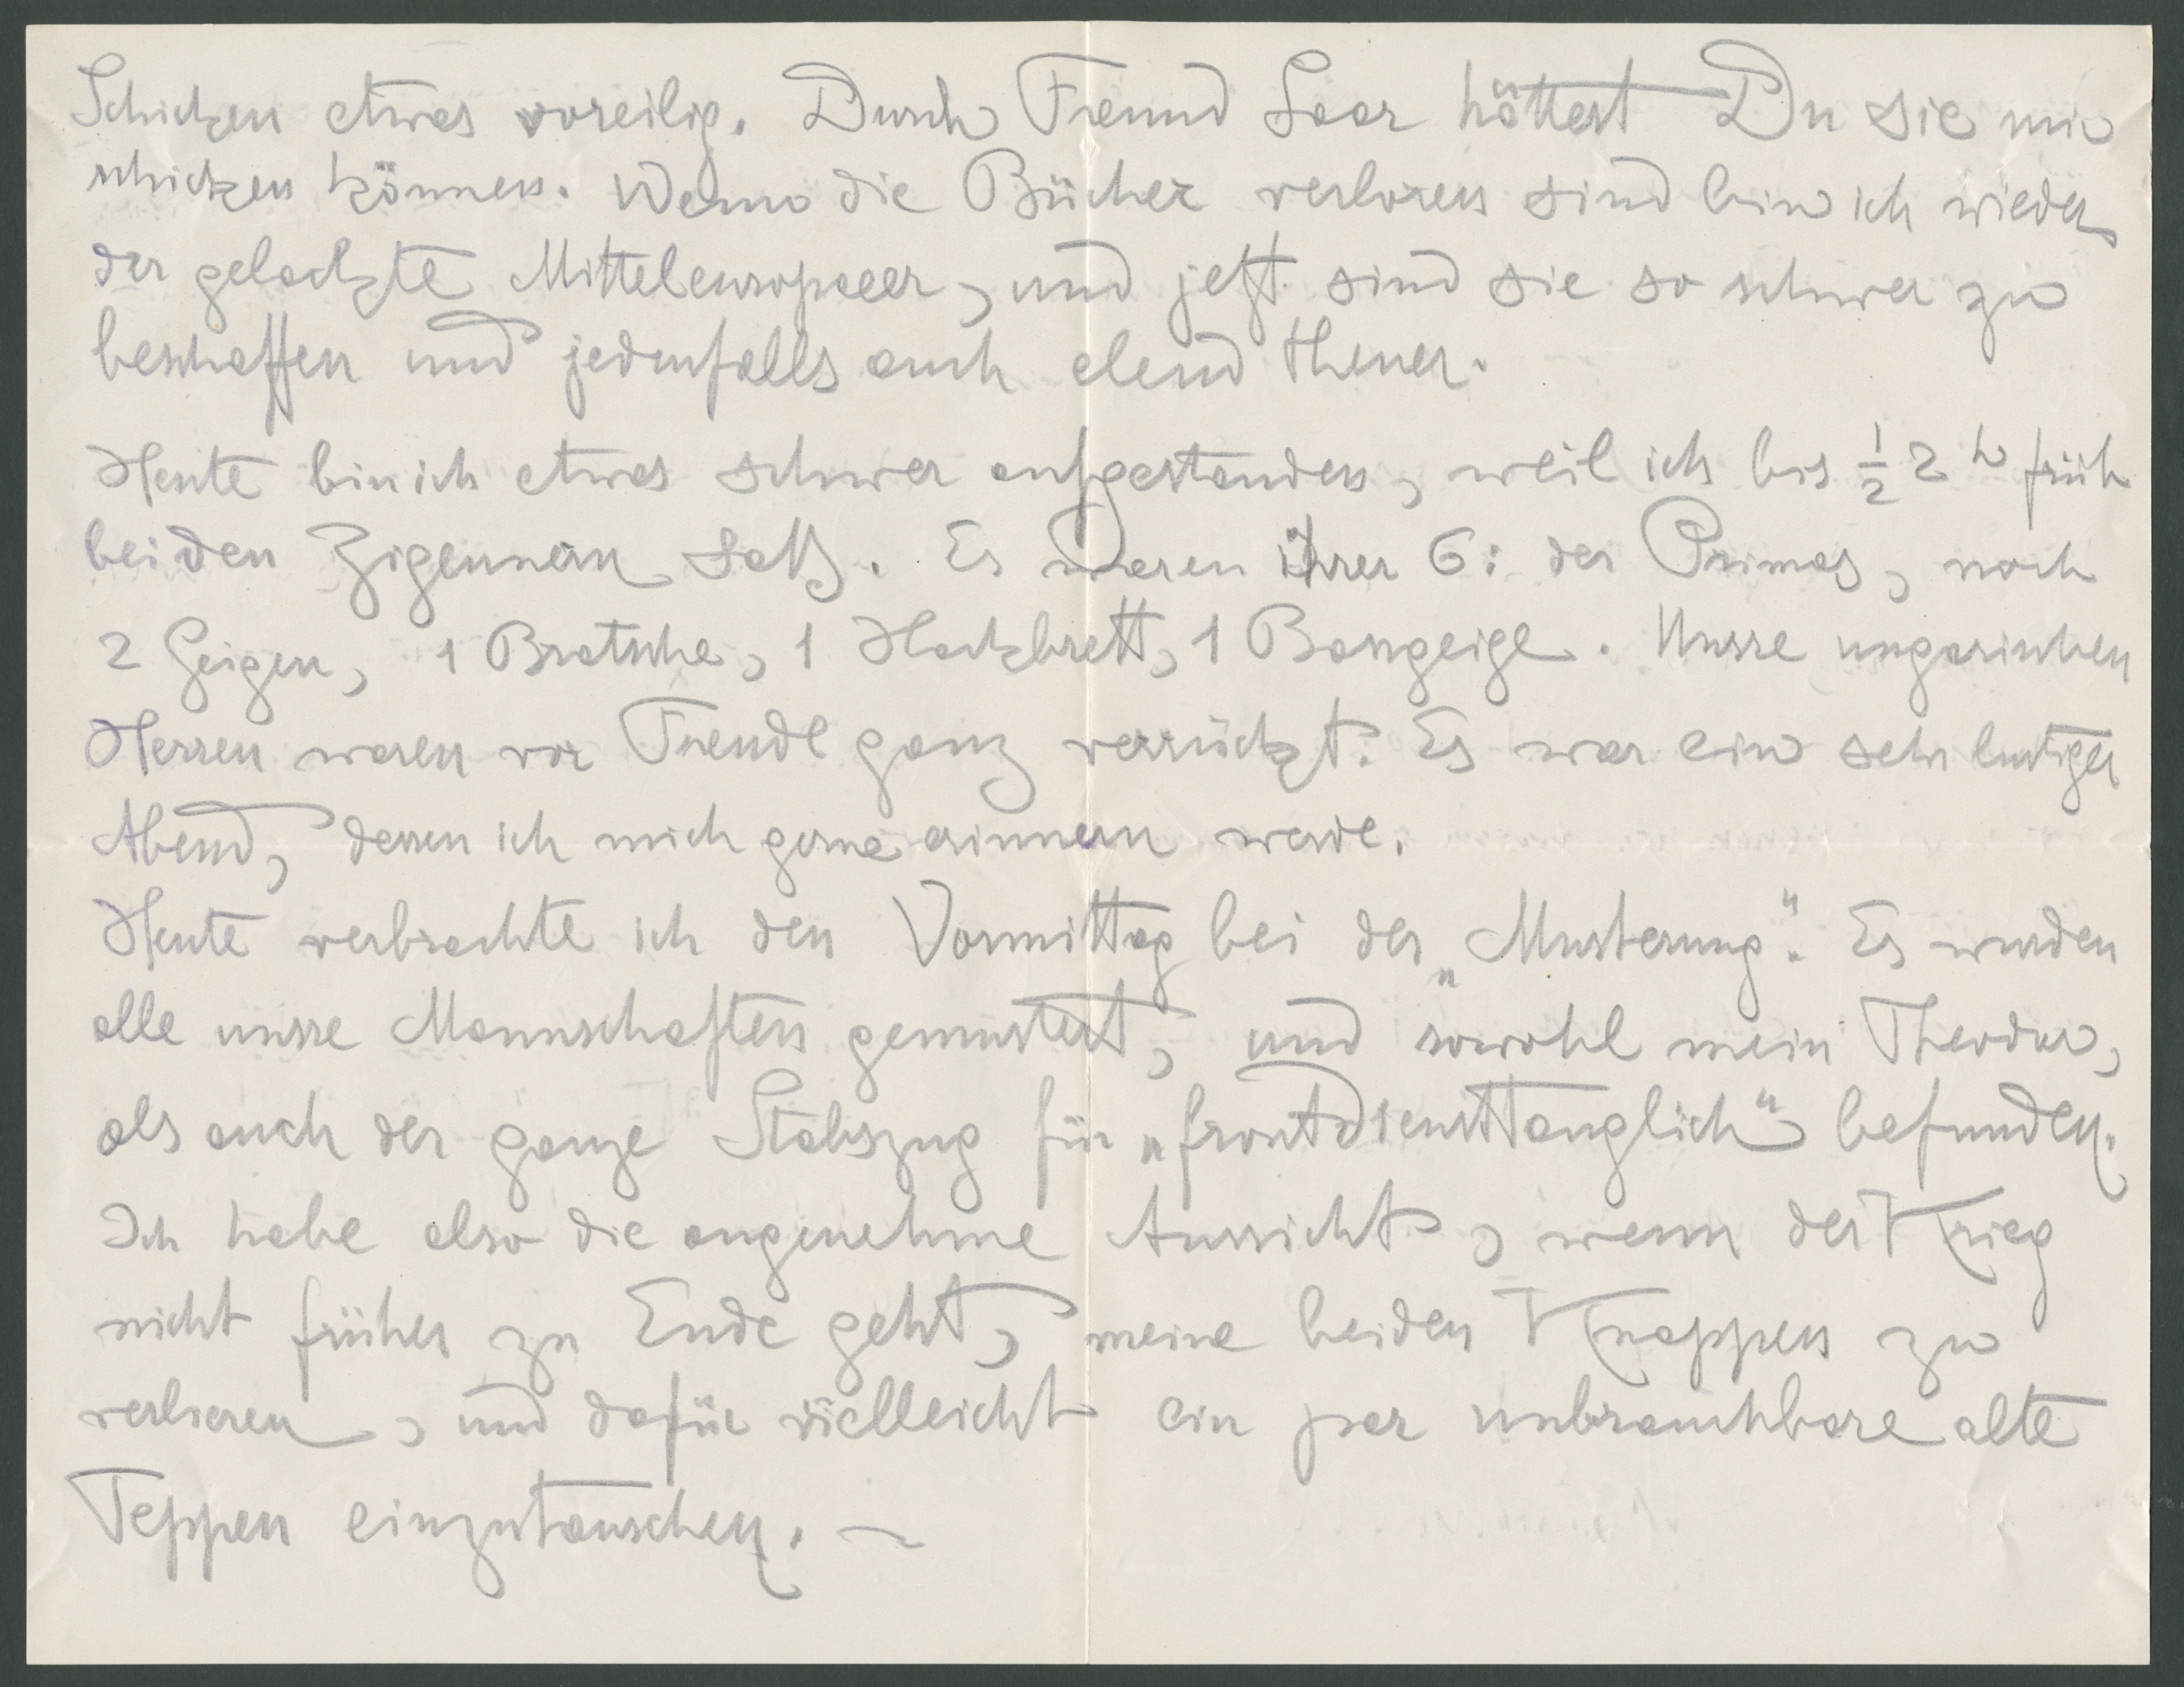
Schicken etwas voreilig. Durch Freund Saar hättest Du sie mir
schicken können. Wenn die Bücher verloren sind bin ich wieder
der gelockte Mitteleuropaer, und jetzt sind sie so schwer zu
beschaffen und jedenfalls auch elend theuer.
Heute bin ich etwas schwer aufgestanden, weil ich bis 1/2 2h früh
bei den Zigeunern saß. Es waren ihrer 6: der Primus, noch
2 Geigen, 1 Bratsche, 1 Hackbrett, 1 Bassgeige. Unsre ungarischen
Herren waren vor Freude ganz verrückt. Es war ein sehr lustiger
Abend, dessen ich mich gerne erinnern werde.
Heute verbrachte ich den Vormittag bei der "Musterung". Es wurden
alle unsre Mannschaften gemustert, und sowohl mein Theodor,
als auch der ganze Stabszug für "frontdiensttauglich" befunden.
Ich habe alsodie angenehme Aussicht, wenn der Krieg
nicht früher zu Ende geht, meine beiden Knappen zu
verlieren, und dafür vielleicht ein par unbrauchbare alte
Teppen einzutauschen.